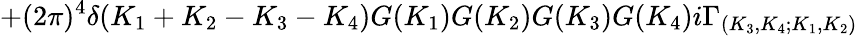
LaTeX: +(2\pi)^{4}\delta({K_{1}+K_{2}-K_{3}-K_{4}})G(K_{1})G(K_{2})G(K_{3})G(K_{4})i\Gamma_{(K_{3},K_{4};K_{1},K_{2})}